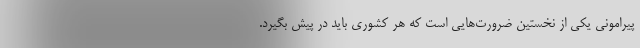
پیرامونی یکی از نخستین ضرورت‌هایی است که هر کشوری باید در پیش بگیرد.